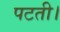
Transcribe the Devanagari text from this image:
पटती।